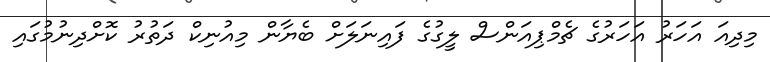
މިދިއަ އަހަރު އަހަރުގެ ޗެމްޕިއަންސް ލީގުގެ ފައިނަލަށް ބެޔާން މިއުނިކް ދަތުރު ކޮށްދިނުމުގައި